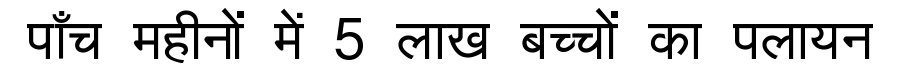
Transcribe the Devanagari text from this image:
पाँच महीनों में 5 लाख बच्चों का पलायन